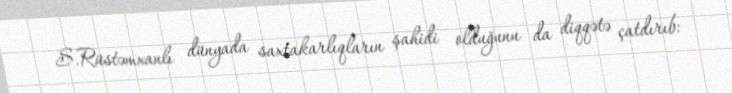
S.Rüstəmxanlı dünyada saxtakarlıqların şahidi olduğunu da diqqətə çatdırıb: